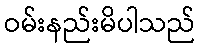
ဝမ်းနည်းမိပါသည်